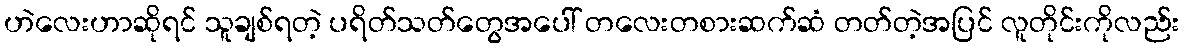
ဟဲလေးဟာဆိုရင် သူချစ်ရတဲ့ ပရိတ်သတ်တွေအပေါ် တလေးတစားဆက်ဆံ တတ်တဲ့အပြင် လူတိုင်းကိုလည်း